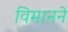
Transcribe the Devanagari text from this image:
विमानने